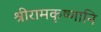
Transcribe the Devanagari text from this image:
श्रीरामकृष्णानि